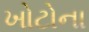
ખોટોના